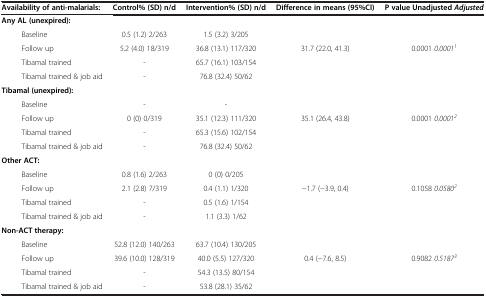
<table><thead><tr><td><b>Availability of anti-malarials:</b></td><td><b>Control% (SD) n/d</b></td><td><b>Intervention% (SD) n/d</b></td><td><b>Difference in means (95%CI)</b></td><td><b>P value Unadjusted <i>Adjusted</i></b></td></tr></thead><tbody><tr><td><b>Any AL (unexpired):</b></td><td> </td><td> </td><td> </td><td> </td></tr><tr><td>Baseline</td><td>0.5 (1.2) 2/263</td><td>1.5 (3.2) 3/205</td><td> </td><td> </td></tr><tr><td>Follow up</td><td>5.2 (4.0) 18/319</td><td>36.8 (13.1) 117/320</td><td>31.7 (22.0, 41.3)</td><td>0.0001 <i>0.0001</i><sup><i>1</i></sup></td></tr><tr><td>Tibamal trained</td><td>-</td><td>65.7 (16.1) 103/154</td><td> </td><td> </td></tr><tr><td>Tibamal trained &amp; job aid</td><td>-</td><td>76.8 (32.4) 50/62</td><td> </td><td> </td></tr><tr><td><b>Tibamal (unexpired):</b></td><td> </td><td> </td><td> </td><td> </td></tr><tr><td>Baseline</td><td>-</td><td>-</td><td> </td><td> </td></tr><tr><td>Follow up</td><td>0 (0) 0/319</td><td>35.1 (12.3) 111/320</td><td>35.1 (26.4, 43.8)</td><td>0.0001 <i>0.0001</i><sup><i>2</i></sup></td></tr><tr><td>Tibamal trained</td><td>-</td><td>65.3 (15.6) 102/154</td><td> </td><td> </td></tr><tr><td>Tibamal trained &amp; job aid</td><td>-</td><td>76.8 (32.4) 50/62</td><td> </td><td> </td></tr><tr><td><b>Other ACT:</b></td><td> </td><td> </td><td> </td><td> </td></tr><tr><td>Baseline</td><td>0.8 (1.6) 2/263</td><td>0 (0) 0/205</td><td> </td><td> </td></tr><tr><td>Follow up</td><td>2.1 (2.8) 7/319</td><td>0.4 (1.1) 1/320</td><td>−1.7 (−3.9, 0.4)</td><td>0.1058 <i>0.0580</i><sup><i>2</i></sup></td></tr><tr><td>Tibamal trained</td><td>-</td><td>0.5 (1.6) 1/154</td><td> </td><td> </td></tr><tr><td>Tibamal trained &amp; job aid</td><td>-</td><td>1.1 (3.3) 1/62</td><td> </td><td> </td></tr><tr><td><b>Non-ACT therapy:</b></td><td> </td><td> </td><td> </td><td> </td></tr><tr><td>Baseline</td><td>52.8 (12.0) 140/263</td><td>63.7 (10.4) 130/205</td><td> </td><td> </td></tr><tr><td>Follow up</td><td>39.6 (10.0) 128/319</td><td>40.0 (5.5) 127/320</td><td>0.4 (−7.6, 8.5)</td><td>0.9082 <i>0.5187</i><sup><i>3</i></sup></td></tr><tr><td>Tibamal trained</td><td>-</td><td>54.3 (13.5) 80/154</td><td> </td><td> </td></tr><tr><td>Tibamal trained &amp; job aid</td><td>-</td><td>53.8 (28.1) 35/62</td><td> </td><td> </td></tr></tbody></table>